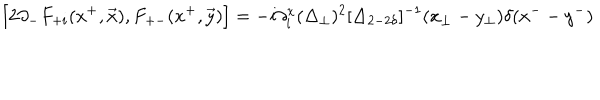
\left[ 2 \partial _ { - } F _ { + i } ( x ^ { + } , \vec { x } ) , F _ { + - } ( x ^ { + } , \vec { y } ) \right] = - i \partial _ { i } ^ { x } ( \Delta _ { \perp } ) ^ { 2 } [ \Delta _ { 2 - 2 \delta } ] ^ { - 1 } ( x _ { \perp } - y _ { \perp } ) \delta ( { x ^ { - } } - y ^ { - } )